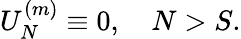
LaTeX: U_{N}^{(m)}\equiv 0,\quad N>S.